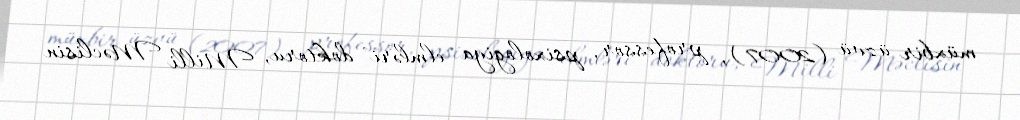
müxbir üzvü (2007), professor, psixologiya elmləri doktoru, Milli Məclisin